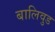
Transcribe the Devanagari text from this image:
बालिवुड